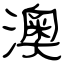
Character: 澳